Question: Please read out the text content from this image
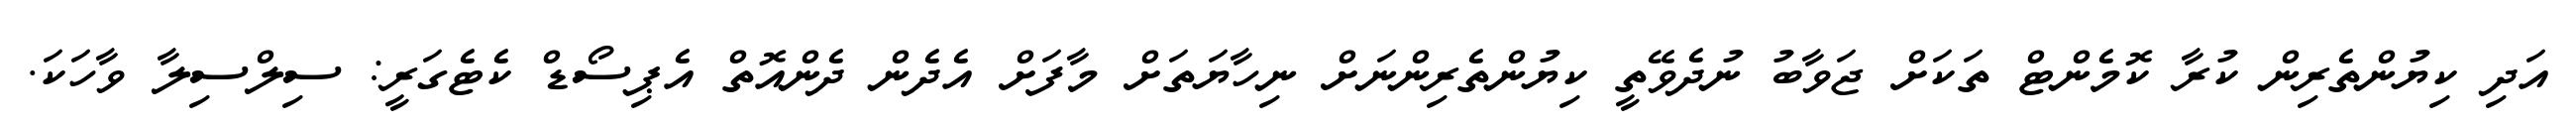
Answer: އަދި ކިޔުންތެރިން ކުރާ ކޮމެންޓް ތަކަށް ޖަވާބު ނުދެވޭތީ ކިޔުންތެރިންނަށް ނިހާޔަތަށް މާފަށް އެދެން ދެންއޮތް އެޕިސޯޑް ކެޓެގަރީ: ސިލްސިލާ ވާހަކަ.